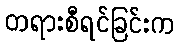
တရားစီရင်ခြင်းက